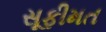
સૂફીમત